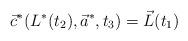
LaTeX: \begin{align*}\vec{c}^{*}(L^{*}(t_{2}), \vec{a}^{*}, t_{3}) = \vec{L}(t_{1})\end{align*}